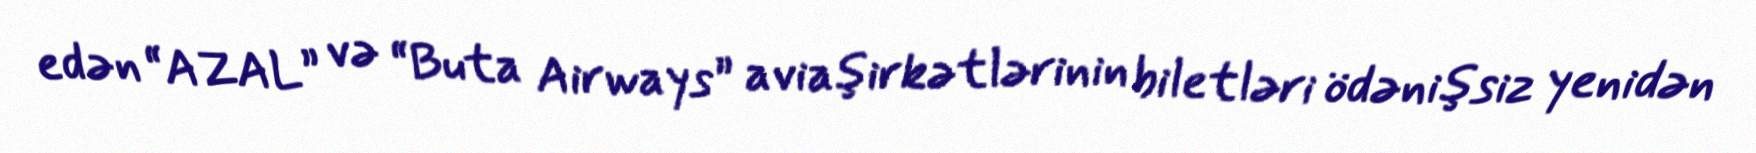
edən “AZAL” və “Buta Airways” aviaşirkətlərinin biletləri ödənişsiz yenidən